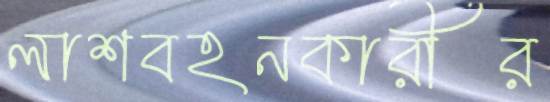
লাশবহনকারীর